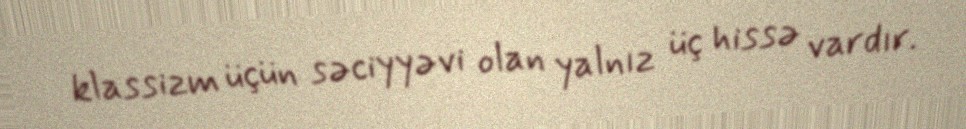
klassizm üçün səciyyəvi olan yalnız üç hissə vardır.